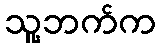
သူ့ဘက်က